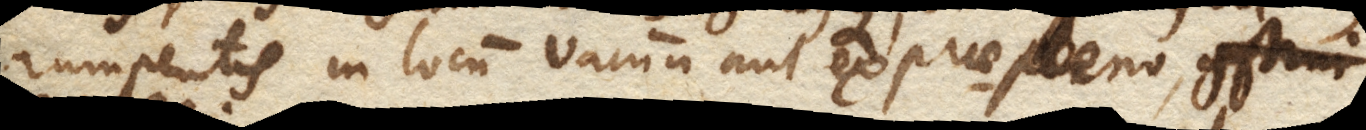
rumpentis in locum vacuum aut ex prae-pleno, construi